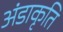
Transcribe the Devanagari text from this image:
अंडाकृति